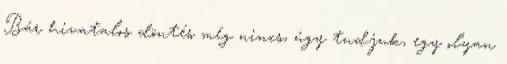
Bár hivatalos döntés még nincs, úgy tudjuk, egy olyan